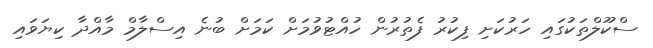
ސްކޫލްތަކުގައި ހަރުކަށި ފިކުރު ފެތުރުން ހުއްޓުވުމަށް ކަމަށް ބުނެ އިސްލާމް މާއްދާ ކިޔަވައި